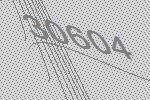
30604